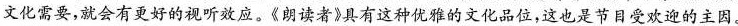
文化需要，就会有更好的视听效应。《朗读者》具有这种优雅的文化品位，这也是节目受欢迎的主因。